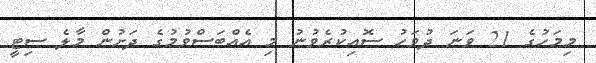
މިމަހުގެ 21 ވަނަ ދުވަހު ސޮއިކުރެވުނު މި އެއްބަސްވުމުގެ ދަށުން މާލެ ސިޓީ